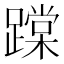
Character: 𨅨